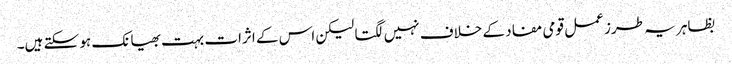
بظاہر یہ طرز عمل قومی مفاد کے خلاف نہیں لگتا لیکن اس کے اثرات بہت بھیانک ہو سکتے ہیں۔